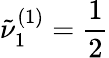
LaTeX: \tilde{\nu}_{1}^{(1)}=\frac{1}{2}